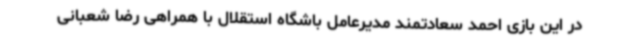
در این بازی احمد سعادتمند مدیرعامل باشگاه استقلال با همراهی رضا شعبانی